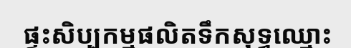
ផ្ទះសិប្បកម្មផលិតទឹកសុទ្ធឈ្មោះ